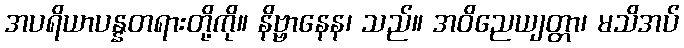
အပရိယာပန္နတရားတို့ကို။ နိဗ္ဗာနေန၊ သည်။ အဝိညေယျတ္တာ၊ မသိအပ်